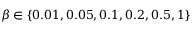
\beta \in \left\{ 0 . 0 1 , 0 . 0 5 , 0 . 1 , 0 . 2 , 0 . 5 , 1 \right\}